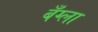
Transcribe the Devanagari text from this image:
बँग्ला